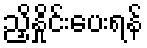
ညှိနှိုင်းပေးရန်